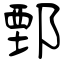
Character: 鄄